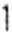
1